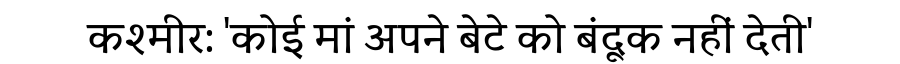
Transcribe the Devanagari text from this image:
कश्मीर: 'कोई मां अपने बेटे को बंदूक नहीं देती'